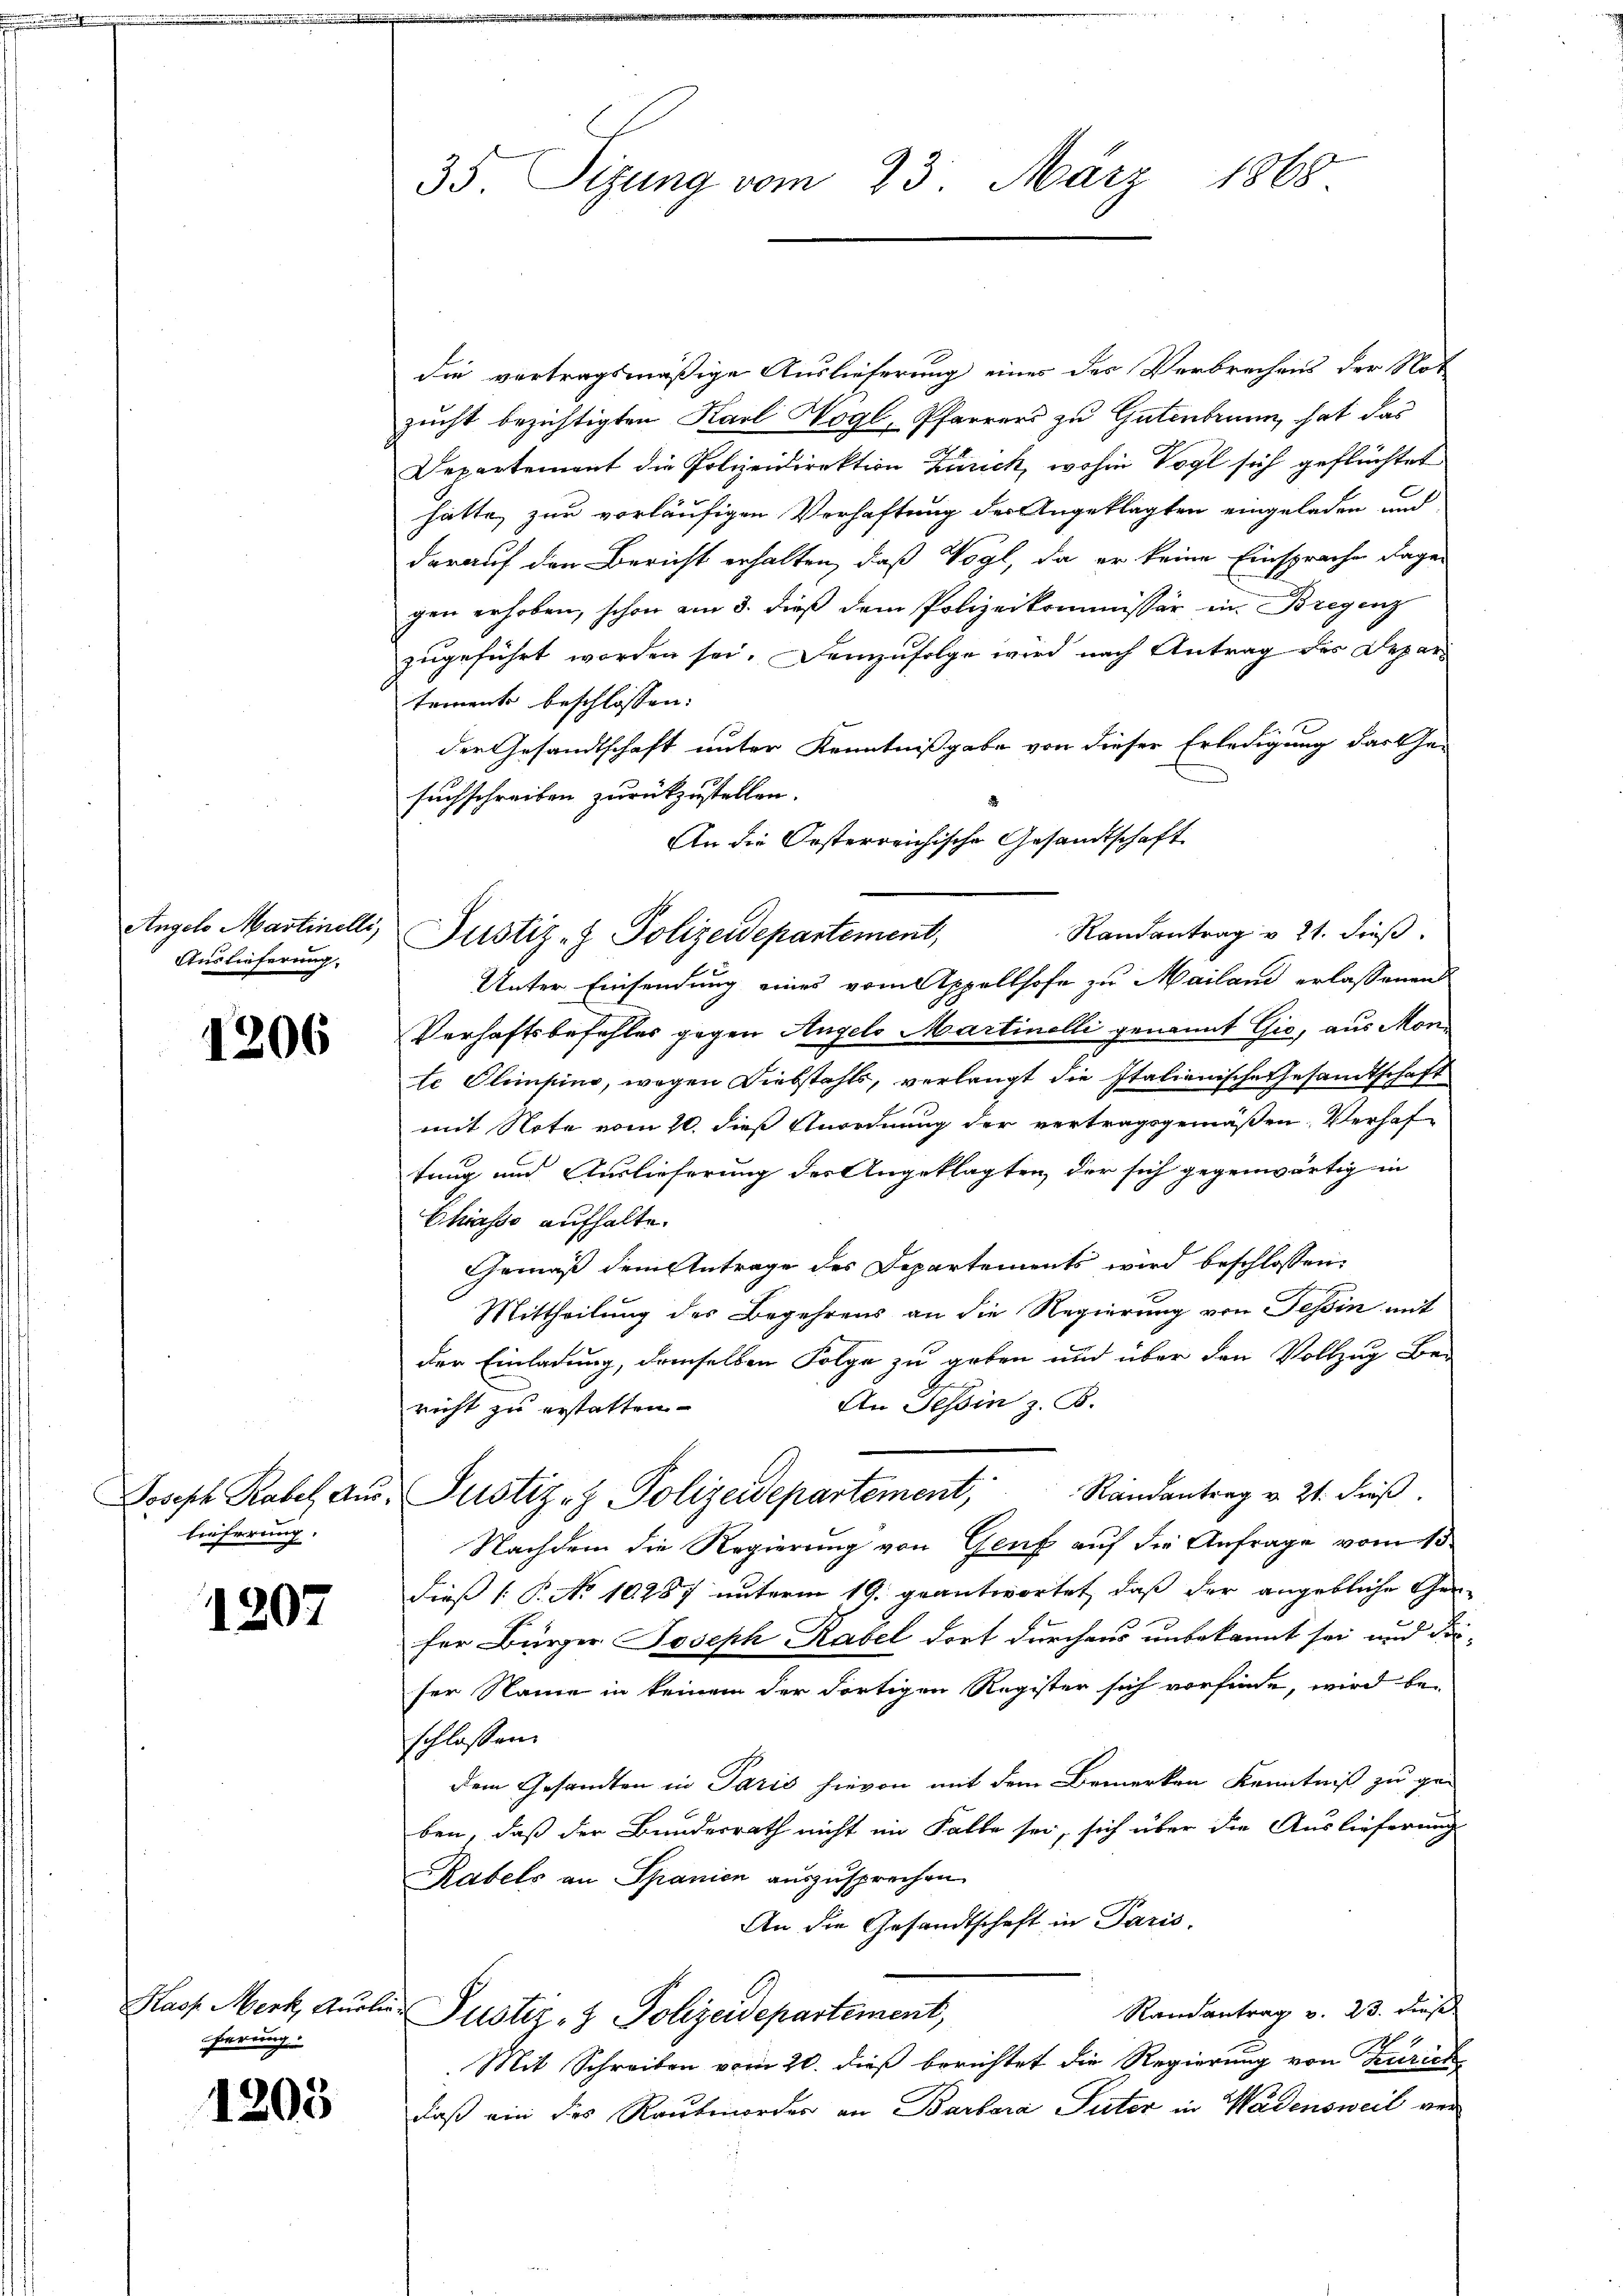
Angelo Martinelli,
Auslieferung.

1206

lieferung.

1207

ferung.

1205

35. Sizung vom 23. März 1868

Justiz- & Polizeidepartement,

die vertragsmäßige Auslieferung eines der Verbrechens der Not
zucht bezichtigten Karl Wogl, Pfarrers zu Gutenbrunn, hat das
Departement die Polizeidirektion Zürich, wohin Vogl sich geflüchtet
hätte, zur vorläufigen Verhaftung des Angeklagten eingeladen und
darauf den Bericht erhalten, daß Vogt, da er keine Einsprache dage-
gen erhoben, schon am 3. dieß dem Polizeikommissär in Bregenz
zugeführt worden sei. Demzufolge wird nach Antrag des Depar
tements beschlossen: |
der Gesandtschaft unter Kenntnißgabe von dieser Erledigung darthe-
suchschreiben zurückzustellen.
An die Oesterreichische Gesandtschaft
Randantrag v. 21. dieß.
Unter Einsendung eines vom Appellhofe zu Mailand erlassenen
Verhaftsbefehles gegen Angelo Martinelli genannt Gio, aus Monte Glimpind, wegen Diebstahls, verlangt die Italienische Gesandtschaft
mit Note vom 10. dieß Anordnung der vertragsgemäßen. Verhaf-
tung und Auslieferung des Angeklagten, der sich gegenwärtig in
Chiasso aufhalte.
Gemäß dem Antrage des Departements wird beschlossen:
Mittheilung des Begehrens an die Regierung von Tessin mit
der Einladung, demselben Folge zu geben und über den Vollzug Be¬
An Tessin z. B.
richt zu erstatten
Joseph Rabel aŭs, Justiz- & Polizeidepartement, Randantrag v. 21. dieβ.
Nachdem die Regierung von Genf auf die Anfrage vom 13.
dieß (: P. No 10287 unterm 19. geantwortet, daß der angebliche Gefür Bürger Joseph Rabel dort durchaus unbekannt sei und die-
ser Name in keinem der dortigen Register sich vorfinde, wird be-
schlossen.
dem Gesandten in Paris hievon mit dem Bemerken Kenntniß zu ge-
ben, daß der Bundesrath nicht im Falle sei, sich über die Auslieferung
Rabels an Spanien auszusprechen
An die Gesandtschaft in Paris,
Randantrag v. 23. dies
Haof Merk, Auslie Justiz- & Polizeidepartement,
Mit Schreiben vom 20. dieß berichtet die Regierung von Zürich
daß ein des Raubmorder an Barbara Suter in Wädensweil ver¬